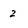
Character: 2